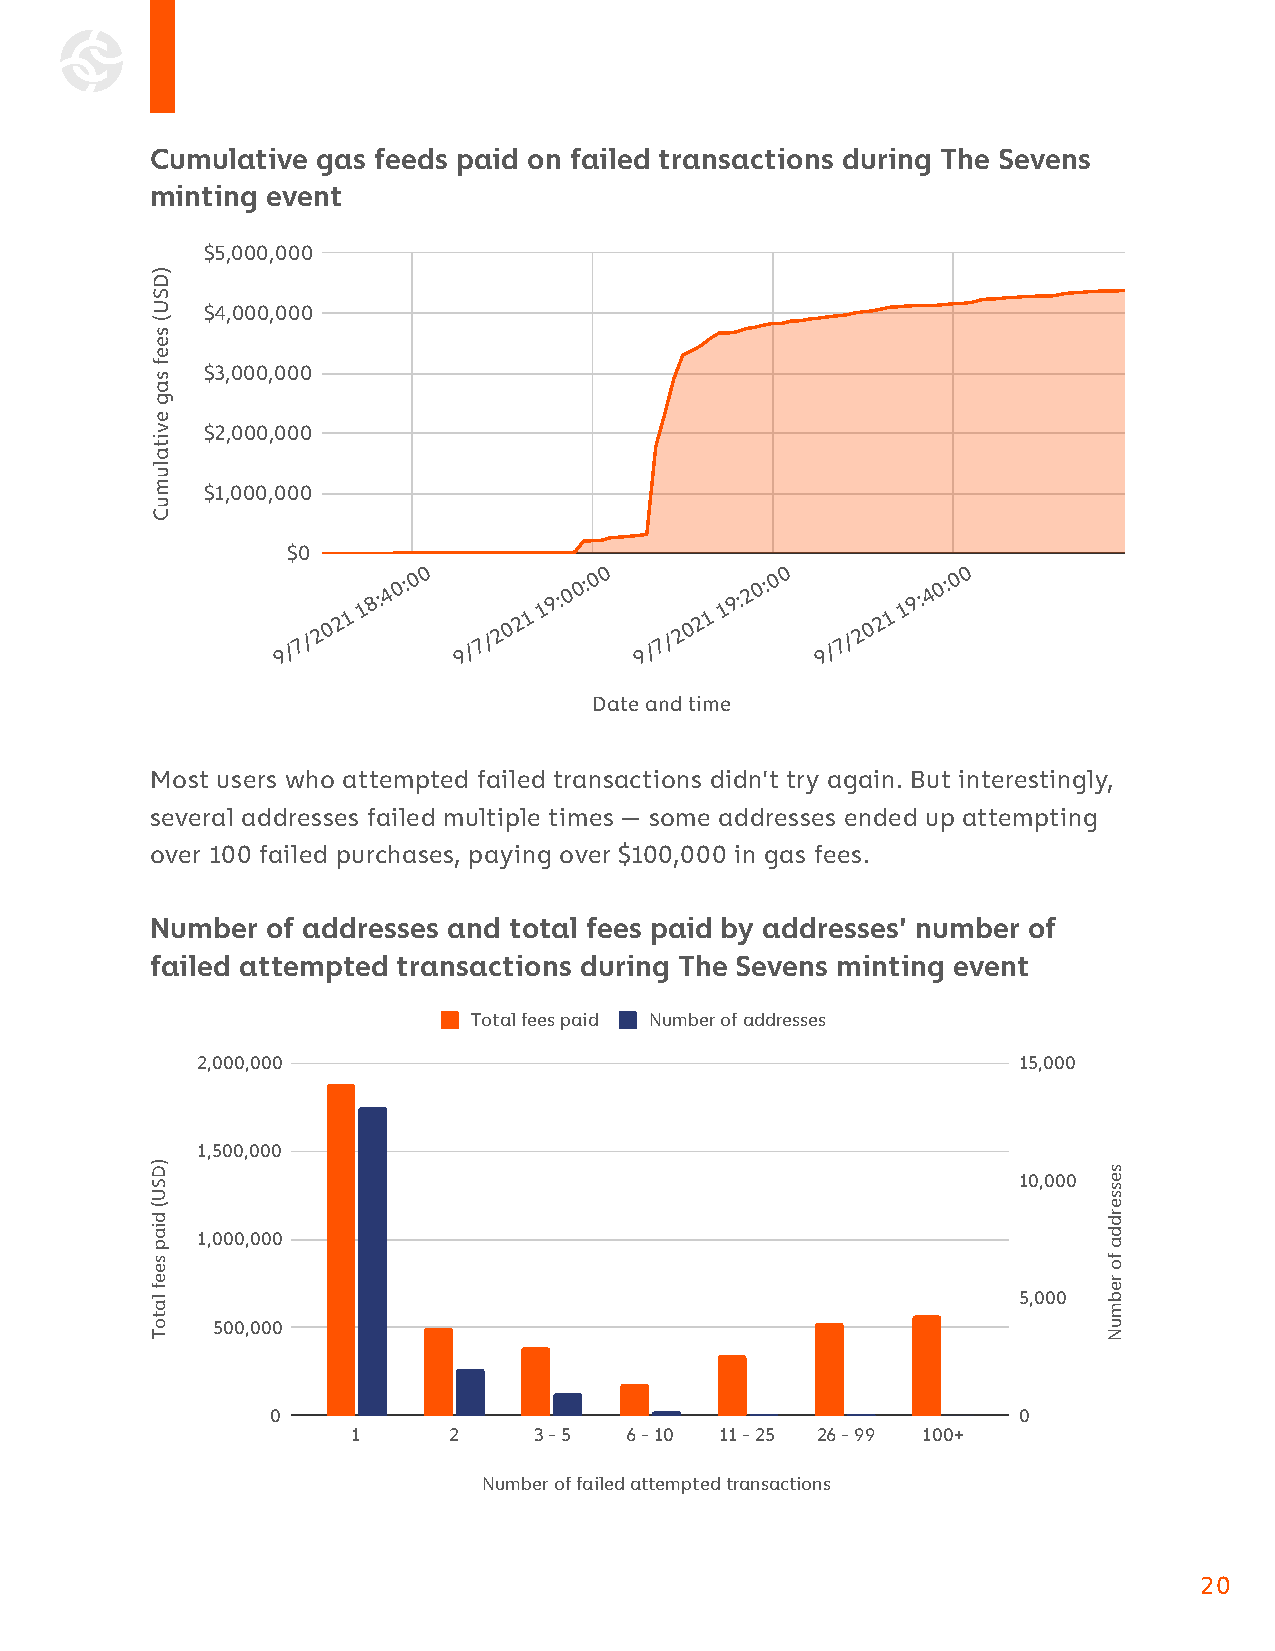
Cumulative gas feeds paid on failed transactions during The Sevens
 minting event
 $5,000,000
 $4,000,000
 $3,000,000
 $2,000,000
 $1,000,000
 $0
 0 2 1
 1
 8:4
 0:0 0
 0 2 1
 1
 9:0
 0:0 0
 0 2 1
 1
 9:2
 0:0 0
 0 2 1
 1
 9:4
 0:0 0
 9 / 7 / 2  9 / 7 / 2   9 / 7 / 2   9 / 7 / 2
 Date and time
 Most users who attempted failed transactions didn’t try again. But interestingly,
 several addresses failed multiple times — some addresses ended up attempting
 over 100 failed purchases, paying over $100,000 in gas fees.
 Number  of addresses and total fees paid by addresses’ number of
 failed attempted transactions during The Sevens minting event
 Total fees paid Number of addresses
 2,000,000                                             15,000
 1,500,000
 10,000
 1,000,000
 5,000
 500,000
 0                                                0
 1      2    3 - 5 6 - 10 11 - 25 26 - 99 100+
 Number of failed attempted transactions
 20
 )DSU(
 seef
 sag
 evitalumuC
 )DSU(
 diap
 seef
 latoT
 sesserdda
 fo
 rebmuN